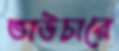
ভাউচারে